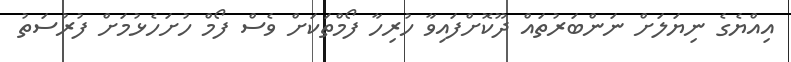
އިއްޔެގެ ނިޔަލަށް ނަންބަރުތައް ދޫކޮށްފައިވާ ހުރިހާ ފޯމްތަކަށް ވެސް ފޯމް ހުށަހެޅުމަށް ފުރުސަތު